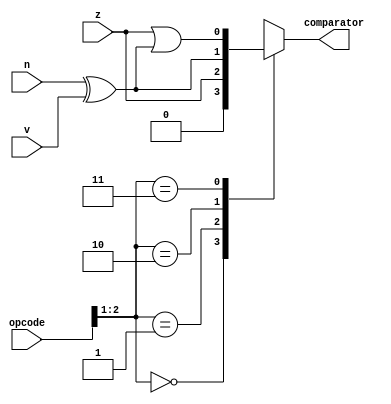
/*
   This file was generated automatically by the Mojo IDE version B1.3.6.
   Do not edit this file directly. Instead edit the original Lucid source.
   This is a temporary file and any changes made to it will be destroyed.
*/

module comparator_22 (
    input [5:0] opcode,
    input z,
    input n,
    input v,
    output reg comparator
  );
  
  
  
  always @* begin
    
    case (opcode[1+1-:2])
      2'h0: begin
        comparator = 1'h0;
      end
      2'h1: begin
        comparator = z;
      end
      2'h2: begin
        comparator = n ^ v;
      end
      2'h3: begin
        comparator = z | (n ^ v);
      end
      default: begin
        comparator = 1'h0;
      end
    endcase
  end
endmodule